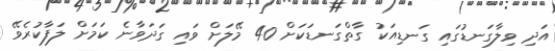
އަދި ވިލާގަނޑުގައި ގަނޑިއަކު ގާތްގަނޑަކަށް 40 މޭލަށް ވައި ގަދަވާނެ ކަމަށް ލަފާކުރެވޭ